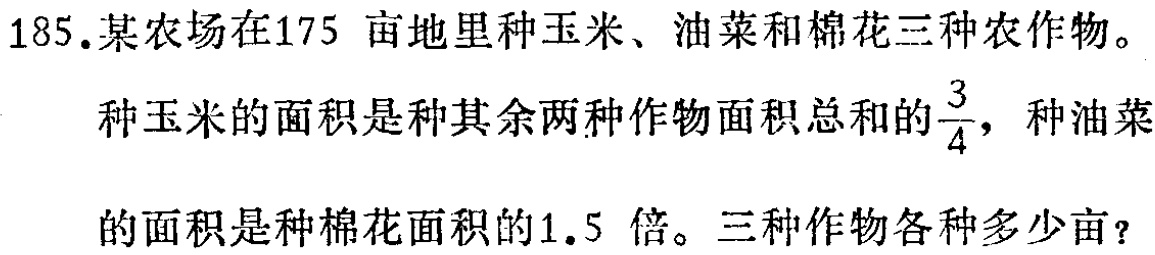
185.某农场在175 亩地里种玉米、油菜和棉花三种农作物。

种玉米的面积是种其余两种作物面积总和的$\frac{3}{4}$，种油菜

的面积是种棉花面积的1.5 倍。三种作物各种多少亩？